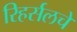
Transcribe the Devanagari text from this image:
रिहर्सलचे